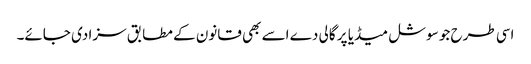
اسی طرح جو سوشل میڈیا پر گالی دے اسے بھی قانون کے مطابق سزا دی جائے۔